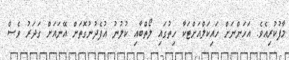
މާފުކުރިއެވެ. އަހަންނަށް ހައިކަލްއަށްޓަކާ ހިތުގައި ލޯތްބާއި ކުލުނު އުފެދުނުގޮތަށް އޭނައަށް ގަދަރު ވެސް